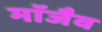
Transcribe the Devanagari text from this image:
माॅजैव